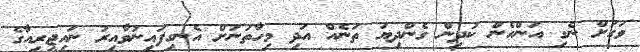
ވަގަށް ނެގި އަންހެން ކުދިން ގެންދިޔަ ތަނެއް އަދި މިހާތަނަށް އެނގިފައިނުވާއިރު ނައިޖީރިއާގެ